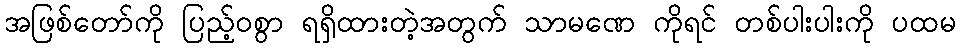
အဖြစ်တော်ကို ပြည့်ဝစွာ ရရှိထားတဲ့အတွက် သာမဏေ ကိုရင် တစ်ပါးပါးကို ပထမ